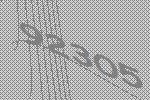
92305